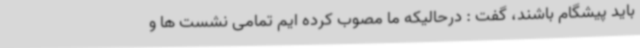
باید پیشگام باشند، گفت : درحالیکه ما مصوب کرده ایم تمامی نشست ها و